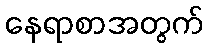
နေရာစာအတွက်